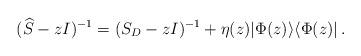
LaTeX: \begin{align*}(\widehat{S} - z I)^{-1} =(S_D-z I)^{-1} + \eta(z) | \Phi(z) \rangle \langle \Phi(z) |\,.\end{align*}